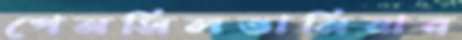
পেনসিলভানিয়ার